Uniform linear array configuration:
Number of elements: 16
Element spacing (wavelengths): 0.75
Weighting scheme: exponential
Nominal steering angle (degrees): -15
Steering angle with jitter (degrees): -16.671
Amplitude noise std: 0.05
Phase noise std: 0.05

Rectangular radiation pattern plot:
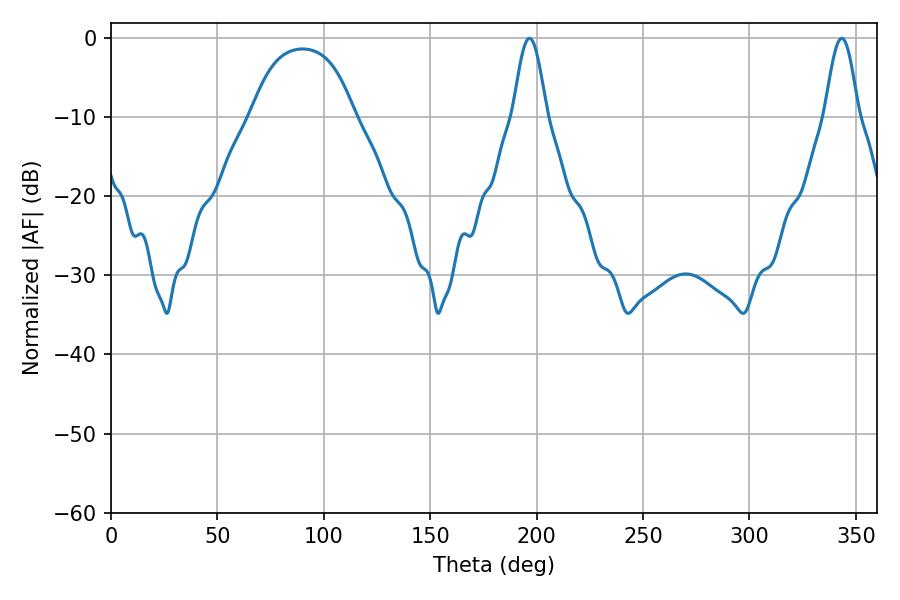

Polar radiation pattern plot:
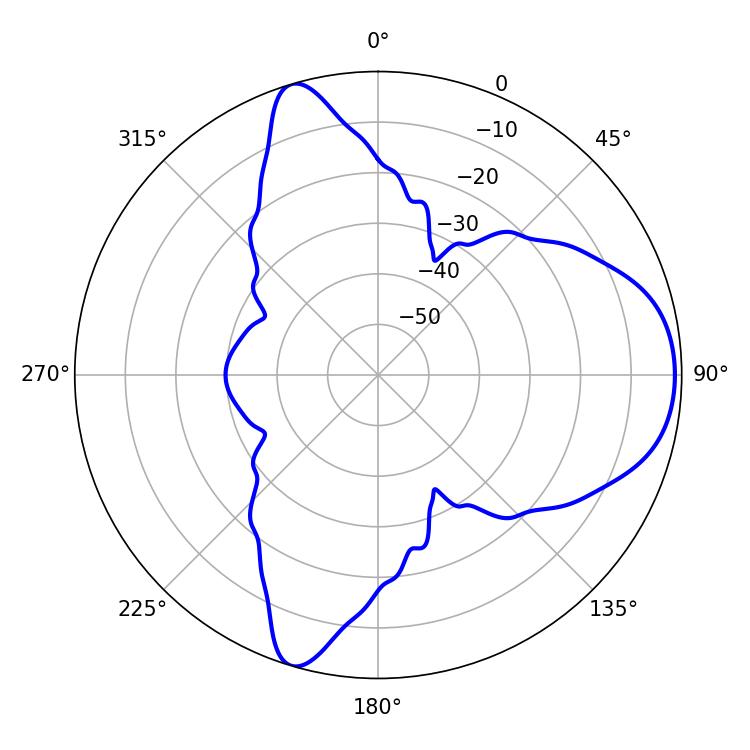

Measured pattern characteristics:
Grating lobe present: TRUE
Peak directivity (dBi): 7.852
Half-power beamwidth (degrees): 8.46
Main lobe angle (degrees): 196.56